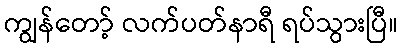
ကျွန်တော့် လက်ပတ်နာရီ ရပ်သွားပြီ။